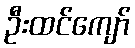
ဦးထင်ကျော်